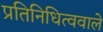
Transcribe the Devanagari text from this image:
प्रतिनिधित्ववाले